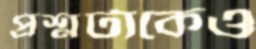
প্রশ্নটাকেও